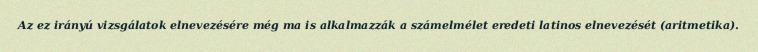
Az ez irányú vizsgálatok elnevezésére még ma is alkalmazzák a számelmélet eredeti latinos elnevezését (aritmetika).